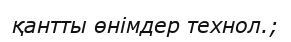
қантты өнімдер технол.;